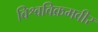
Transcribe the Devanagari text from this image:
विश्वविक्रमवीर